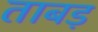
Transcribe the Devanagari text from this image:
ताबड़